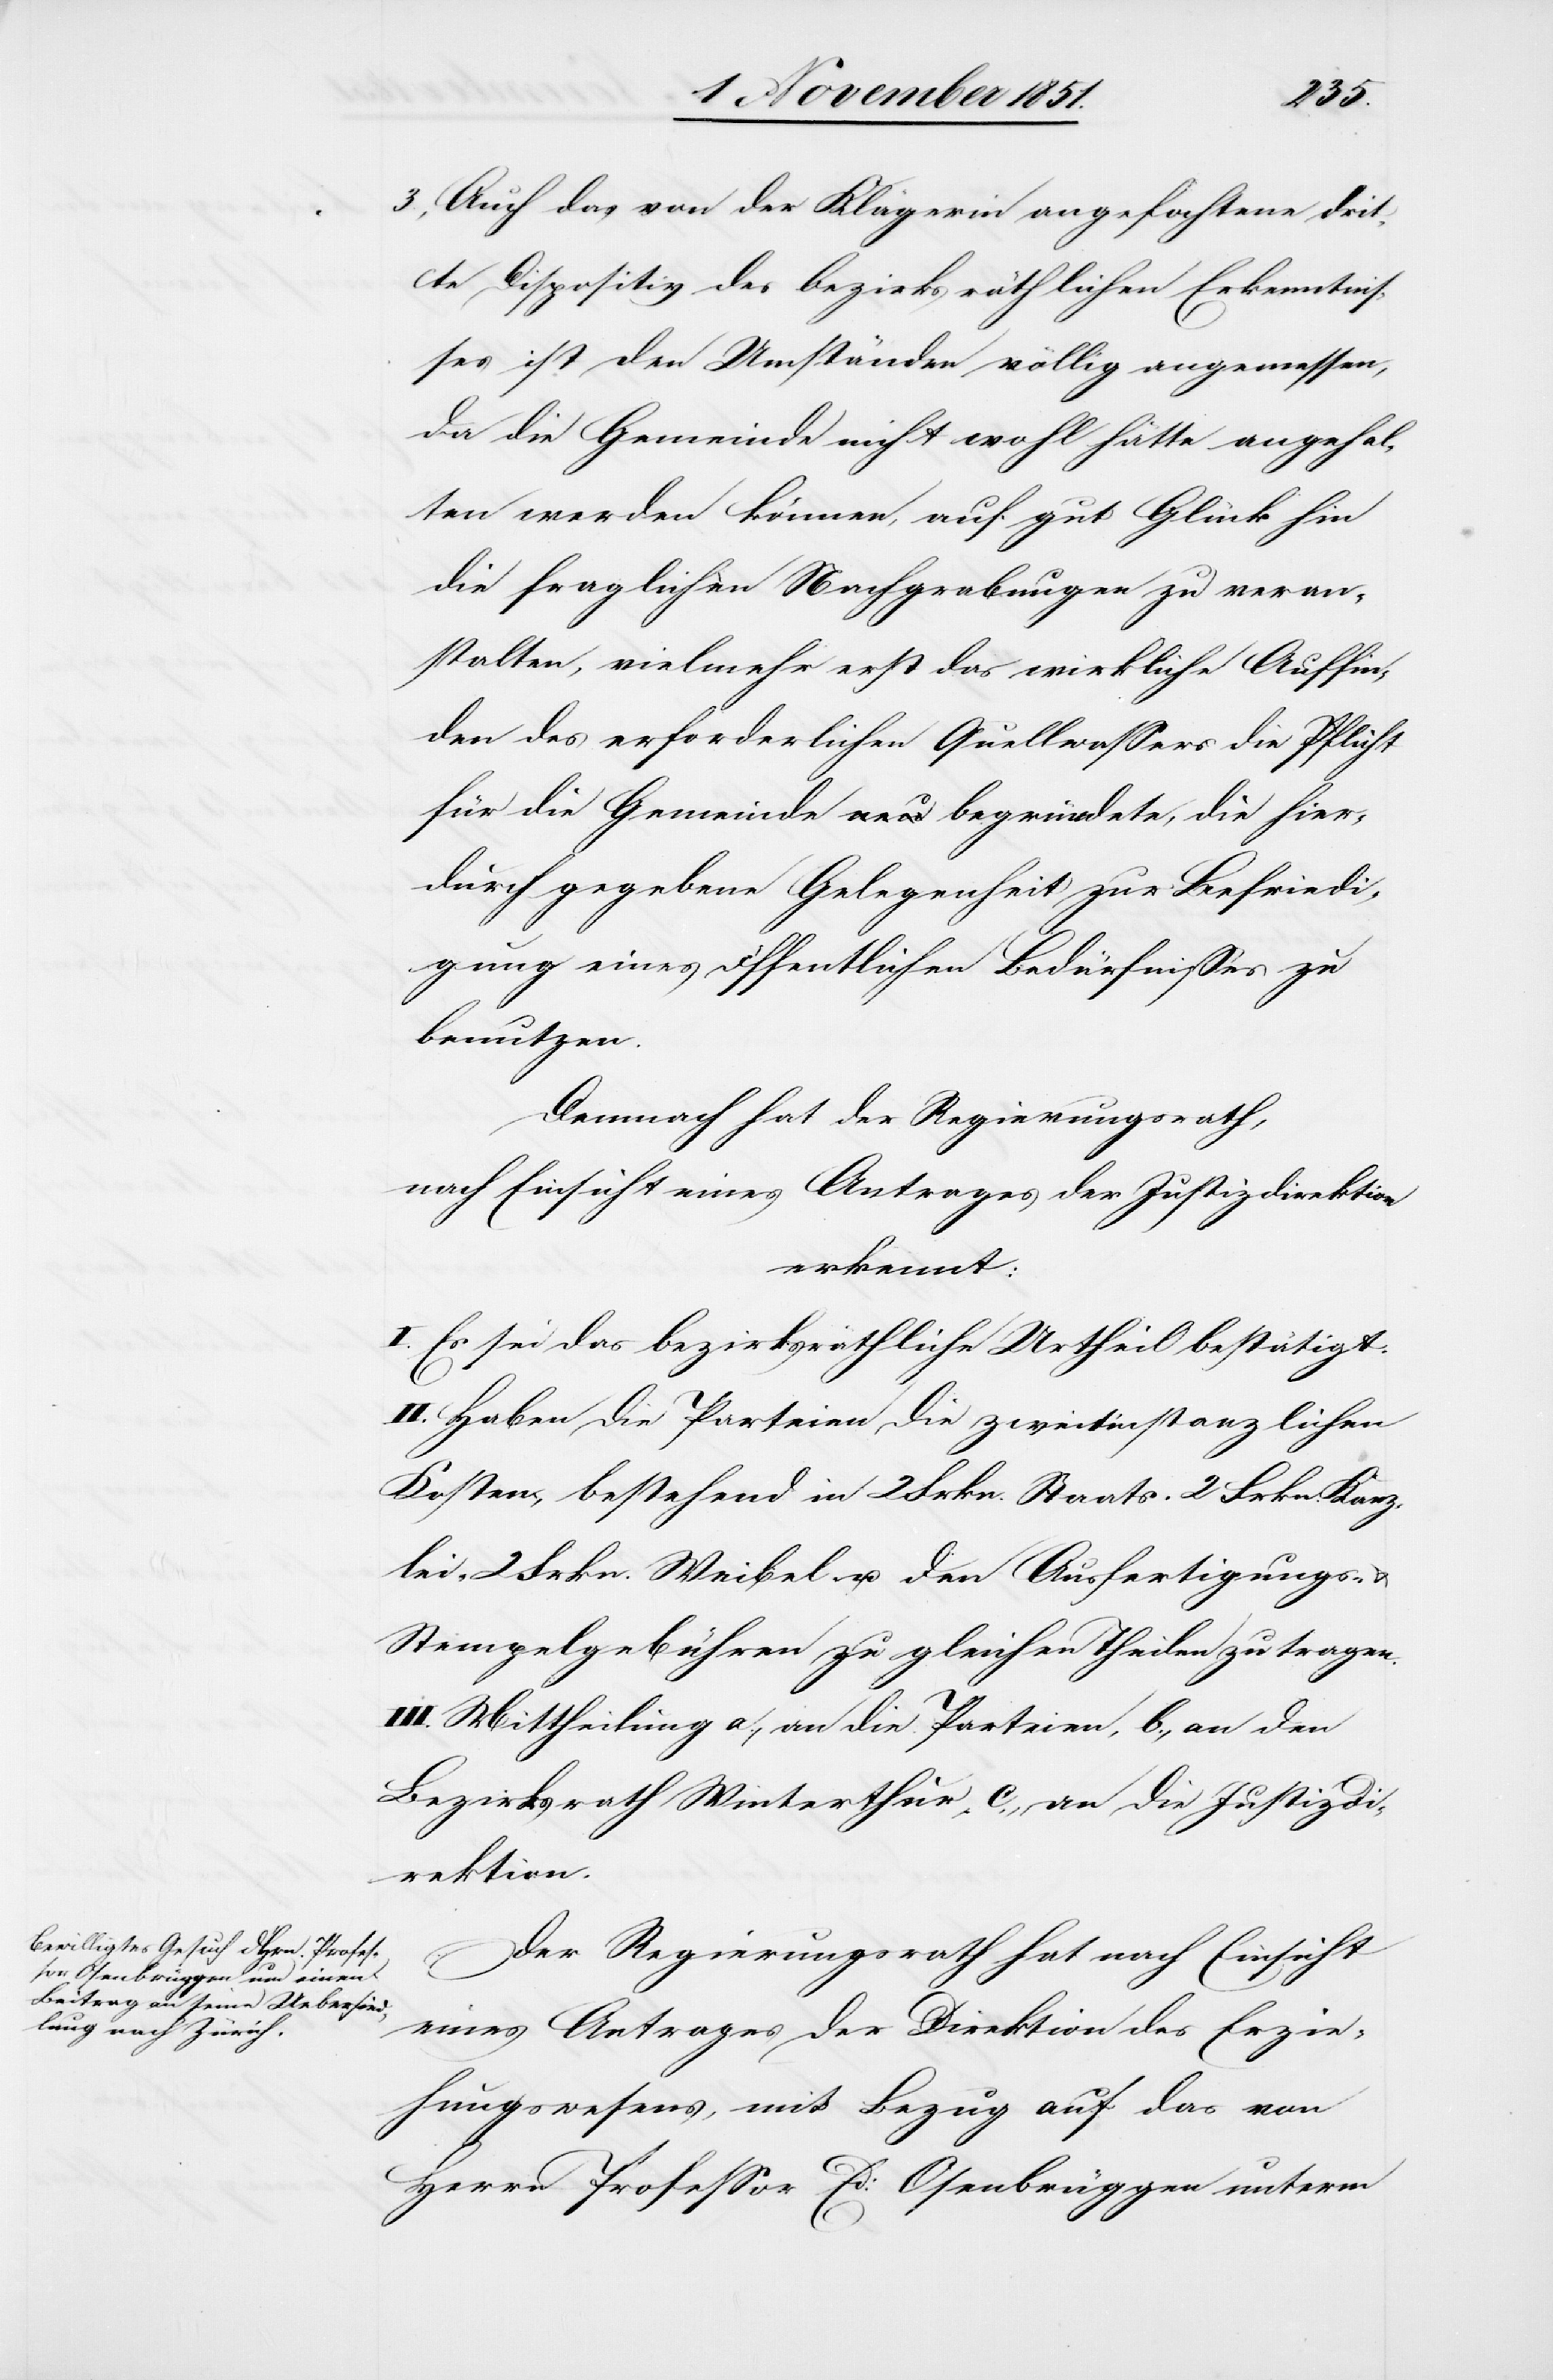
Auch das von der Klägerin angefochtene drit¬
te Dispositiv des bezirksräthlichen Erkenntnis¬
ses ist den Umständen völlig angemessen,
da die Gemeinde nicht wohl hätte angehal¬
ten werden können, auf gut Glück hin
die fraglichen Nachgrabungen zu veran¬
stalten, vielmehr erst das wirkliche Auffin¬
den des erforderlichen Quellwassers die Pflicht
für die Gemeinde neu begründete, die hier¬
durch gegebene Gelegenheit zur Befriedi¬
gung eines öffentlichen Bedürfnisses zu
benutzen.
Demnach hat der Regierungsrath,
nach Einsicht eines Antrages der Justizdirektion
erkennt:
I. Es sei das bezirksräthliche Urtheil bestätigt.
II. Haben die Parteien die zweitinstanzlichen
Kosten, bestehend in 2 Frkn. Staats-[,] 2 Frkn. Kanz¬
lei-[,] 2 Frkn. Weibel- u. den Ausfertigungs-
Stempelgebühren zu gleichen Theilen zu tragen.
III. Mittheilung a., an die Parteien, b., an den
Bezirksrath Winterthur, c., an die Justizdi¬
rektion.
Der Regierungsrath hat nach Einsicht
eines Antrages der Direktion des Erzie¬
hungswesens, mit Bezug auf das von
Herrn Professor Ed: Osenbrüggen unterm